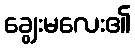
ချွေးမလေး၏